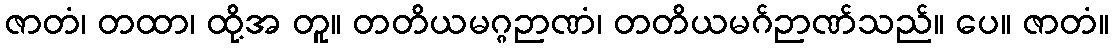
ဇာတံ၊ တထာ၊ ထို့အ တူ။ တတိယမဂ္ဂဉာဏံ၊ တတိယမဂ်ဉာဏ်သည်။ ပေ။ ဇာတံ။